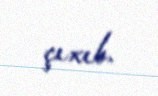
çıxıb.